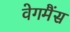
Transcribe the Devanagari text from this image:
वेगमैंस